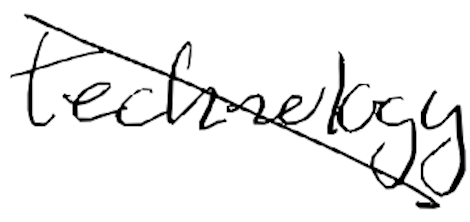
Text: technology
Cross-out: diagonal
Writing tool: digital_black